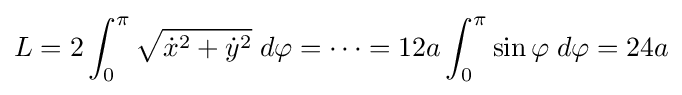
L=2\int _{0}^{\pi }{\sqrt {{\dot {x}}^{2}+{\dot {y}}^{2}}}\;d\varphi =\cdots =12a\int _{0}^{\pi }\sin \varphi \;d\varphi =24a